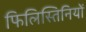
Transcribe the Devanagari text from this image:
फिलिस्तिनियों